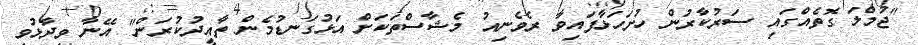
"ޖުމްލަ ގޮތެއްގައި ސަރުކާރުން ހުށަހަޅާފައިވާ ރެވެނިއު މެޝާސްތަކަށް އަޅުގަނޑުމެން ތާއީދުކުރަން" އޭނާ ވިދާޅުވި